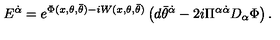
{ E } ^ { \dot { \alpha } } = e ^ { \Phi ( x , \theta , \bar { \theta } ) - i W ( x , \theta , \bar { \theta } ) } \left( d \bar { \theta } ^ { \dot { \alpha } } - { 2 i } \Pi ^ { \alpha \dot { \alpha } } D _ { \alpha } \Phi \right) .